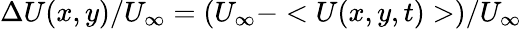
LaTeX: \Delta U(x,y)/U_{\infty}=(U_{\infty}-<U(x,y,t)>)/U_{\infty}